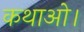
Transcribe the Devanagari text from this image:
कथाओ।